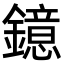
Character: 鐿